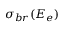
\sigma _ { b r } ( E _ { e } )